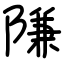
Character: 隒